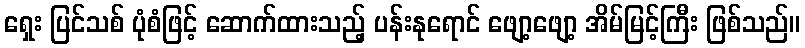
ရှေး ပြင်သစ် ပုံစံဖြင့် ဆောက်ထားသည့် ပန်းနုရောင် ဖျော့ဖျော့ အိမ်မြင့်ကြီး ဖြစ်သည်။